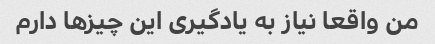
من واقعا نیاز به یادگیری این چیزها دارم